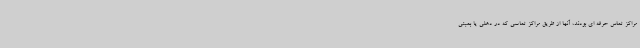
مراکز تماس حرفه ای بودند، آنها از طریق مراکز تماسی که در دهلی یا بمبئی